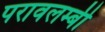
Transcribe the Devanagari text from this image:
परावलम्बी